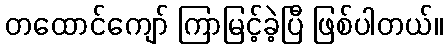
တထောင်ကျော် ကြာမြင့်ခဲ့ပြီ ဖြစ်ပါတယ်။